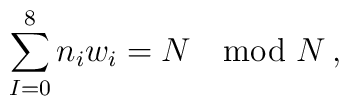
\sum_{I = 0}^{8} n_i w_i = N \quad \mbox{mod}\ N\,,